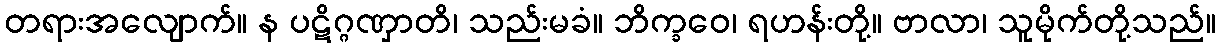
တရားအလျောက်။ န ပဋိဂ္ဂဏှာတိ၊ သည်းမခံ။ ဘိက္ခဝေ၊ ရဟန်းတို့။ ဗာလာ၊ သူမိုက်တို့သည်။